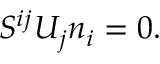
{ \cal S } ^ { i j } U _ { j } n _ { i } = 0 .